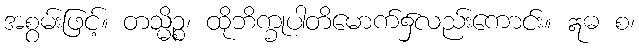
အစွမ်းဖြင့်။ တသ္မိဉ္စ၊ ထိုဘိက္ခုပါတိမောက်၌လည်းကောင်း။ ဣဓ စ၊